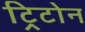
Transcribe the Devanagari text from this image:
ट्रिटोन